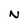
Character: N